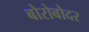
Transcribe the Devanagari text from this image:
बोरोबोदर